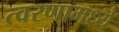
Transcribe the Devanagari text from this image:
त्वरणामध्ये